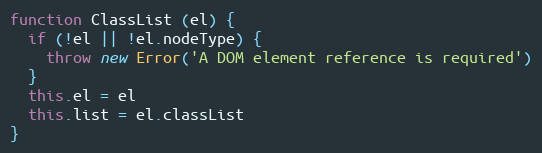
Language: JavaScript
function ClassList (el) {
  if (!el || !el.nodeType) {
    throw new Error('A DOM element reference is required')
  }
  this.el = el
  this.list = el.classList
}